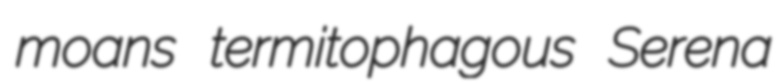
moans termitophagous Serena